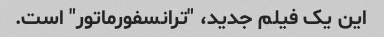
این یک فیلم جدید، "ترانسفورماتور" است.